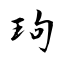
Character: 玽